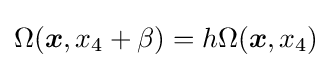
\Omega ({\boldsymbol {x}},x_{4}+\beta )=h\Omega ({\boldsymbol {x}},x_{4})